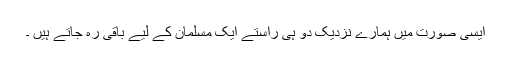
ایسی صورت میں ہمارے نزدیک دو ہی راستے ایک مسلمان کے لیے باقی رہ جاتے ہیں ۔